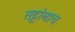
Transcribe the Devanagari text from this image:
तट्टांनाच